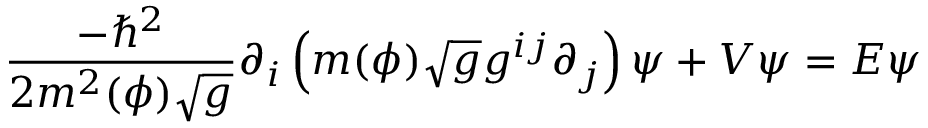
\frac { - \hbar ^ { 2 } } { 2 m ^ { 2 } ( \phi ) \sqrt { g } } \partial _ { i } \left( m ( \phi ) \sqrt { g } g ^ { i j } \partial _ { j } \right) \psi + V \psi = E \psi